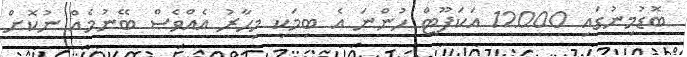
ބޮޑުމިނުގައި 12000 އަކަފޫޓް ހުންނަ އެ ބިމަކީ މިހާރު އެއްވެސް ބޭނުމެއް ނުކޮށް